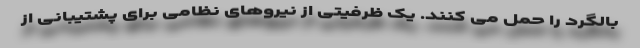
بالگرد را حمل می کنند. یک ظرفیتی از نیروهای نظامی برای پشتیبانی از